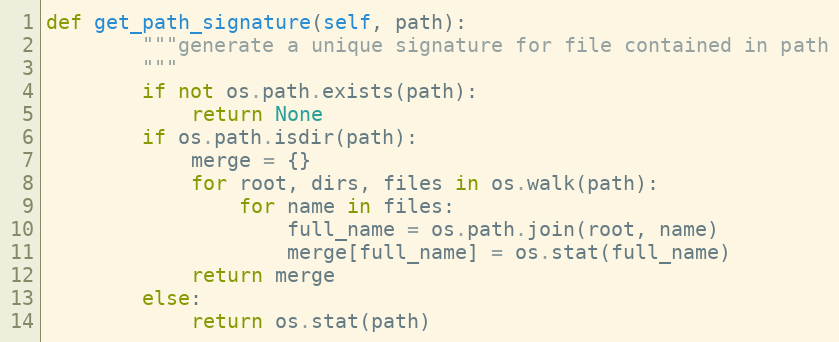
Language: Python
def get_path_signature(self, path):
        """generate a unique signature for file contained in path
        """
        if not os.path.exists(path):
            return None
        if os.path.isdir(path):
            merge = {}
            for root, dirs, files in os.walk(path):
                for name in files:
                    full_name = os.path.join(root, name)
                    merge[full_name] = os.stat(full_name)
            return merge
        else:
            return os.stat(path)